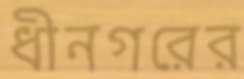
ধীনগরের